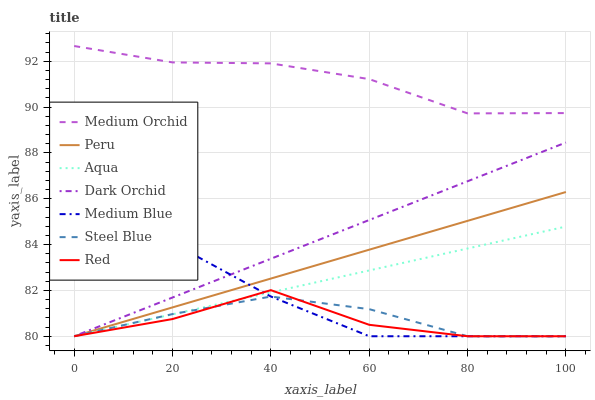
| xaxis_label | Medium Orchid | Peru | Aqua | Dark Orchid | Medium Blue | Steel Blue | Red |
 | --- | --- | --- | --- | --- | --- | --- | --- |
 | 0 | 92.7 | 80 | 80 | 80 | 83.3 | 80 | 80 |
 | 20 | 92 | 81.3 | 81 | 81.7 | 84.1 | 81 | 80.8 |
 | 40 | 91.9 | 82.5 | 81.9 | 83.4 | 81.7 | 81.7 | 82 |
 | 60 | 91.2 | 83.8 | 82.9 | 85.1 | 80 | 81.2 | 80.5 |
 | 80 | 89.7 | 85 | 83.8 | 86.8 | 80 | 80 | 80 |
 | 100 | 89.7 | 86.3 | 84.8 | 88.5 | 80 | 80 | 80 |